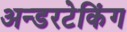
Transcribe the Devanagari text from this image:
अन्डरटेकिंग